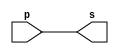
// -------------------------
// Exemplo0001 - buffer
// Nome: xxx yyy zzz
// -------------------------
// -------------------------
// -- buffer
// -------------------------
module buffer (output s, input p);
assign s = p; // criar vinculo permanente
                        // (dependencia)
endmodule // buffer
// -------------------------
// -- test buffer
// -------------------------
module testbuffer;
// ------------------------- dados locais
   reg   a;    // definir registrador
                   // (variavel independente)
   wire  s;    // definir conexao (fio)
                   // (variavel dependente  )
// ------------------------- instancia
   buffer BF1 (s, a);
// ------------------------- preparacao
   initial begin:start
      a=0;     // valor inicial
    end
// ------------------------- parte principal
initial begin:main
               // execucao unitaria
      $display("Exemplo 0001 - xxx yyy zzz - 999999");
      $display("Test buffer:");
      $display("\t      time\ta = s");
               // execucao permanente
      $monitor("%d\t%b = %b", $time, a, s);
               // apos uma unidade de tempo
// mudar valor do registrador para 0
  #1  a=1;
               // apos duas unidades de tempo
// mudar valor do registrador para 1
  #2  a=0;
end
endmodule // testbuffer